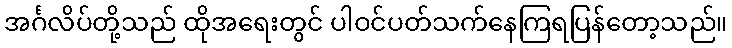
အင်္ဂလိပ်တို့သည် ထိုအရေးတွင် ပါဝင်ပတ်သက်နေကြရပြန်တော့သည်။